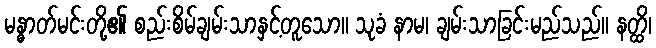
မန္ဓာတ်မင်းတို့၏ စည်းစိမ်ချမ်းသာနှင့်တူသော။ သုခံ နာမ၊ ချမ်းသာခြင်းမည်သည်။ နတ္ထိ၊